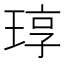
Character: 𬍳